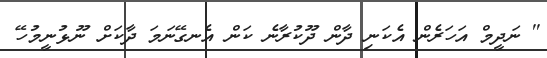
'' ނަދީމް އަހަރެން އެކަނި ދާން ދޫކުރާނެ ކަން އެނގޭނަމަ ދާކަށް ނޫޅުނީމުހޭ